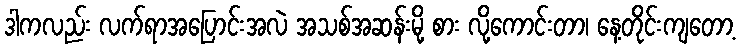
ဒါကလည်း လက်ရာအပြောင်းအလဲ အသစ်အဆန်းမို့ စား လို့ကောင်းတာ၊ နေ့တိုင်းကျတော့